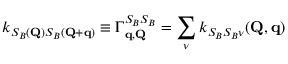
k _ { S _ { B } ( \mathbf { Q } ) S _ { B } ( \mathbf { Q } + \mathbf { q } ) } \equiv \Gamma _ { \mathbf { q } , \mathbf { Q } } ^ { S _ { B } S _ { B } } = \sum _ { \nu } k _ { S _ { B } S _ { B } \nu } ( \mathbf { Q } , \mathbf { q } )